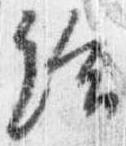
給